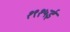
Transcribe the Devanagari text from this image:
१९१५ई